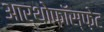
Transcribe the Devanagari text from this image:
आर्थोफ़ॉस्फ़ेट